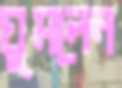
ঘুমলেন